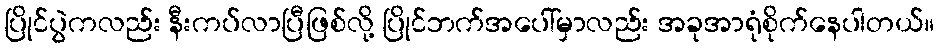
ပြိုင်ပွဲကလည်း နီးကပ်လာပြီဖြစ်လို့ ပြိုင်ဘက်အပေါ်မှာလည်း အခုအာရုံစိုက်နေပါတယ်။